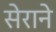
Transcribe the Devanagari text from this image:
सेराने